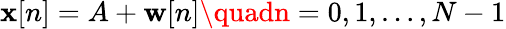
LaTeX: \mathbf{x}[n]=A+\mathbf{w}[n]\quadn=0,1,\dots,N-1